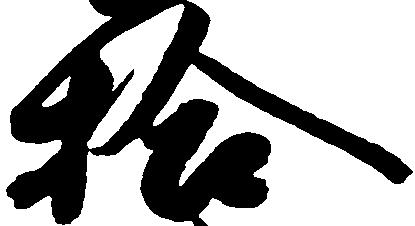
拾